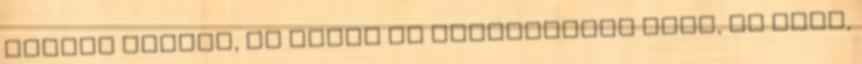
jelent semmit, és Tyler is megszabadul tőle, ha kell,